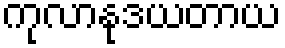
ကုလာနုဒယတာယ